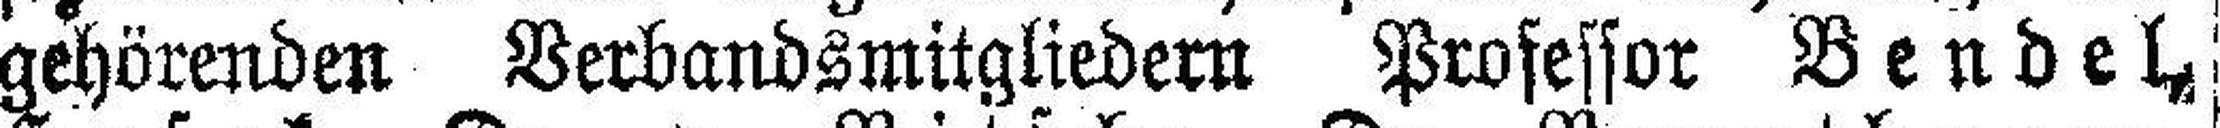
gehörenden Verbandsmitgliedern Professor Bendel,